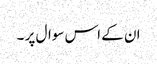
ان کے اس سوال پر ۔